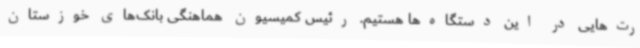
رت‌هایی در این دستگاه‌ها هستیم. رئیس کمیسیون هماهنگی بانک‌های خوزستان